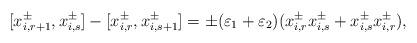
LaTeX: \begin{align*}[x_{i, r+1}^{\pm}, x_{i, s}^{\pm}] - [x_{i, r}^{\pm}, x_{i, s+1}^{\pm}] = \pm (\varepsilon_1 + \varepsilon_2) (x_{i, r}^{\pm} x_{i, s}^{\pm} + x_{i, s}^{\pm} x_{i, r}^{\pm}), \end{align*}